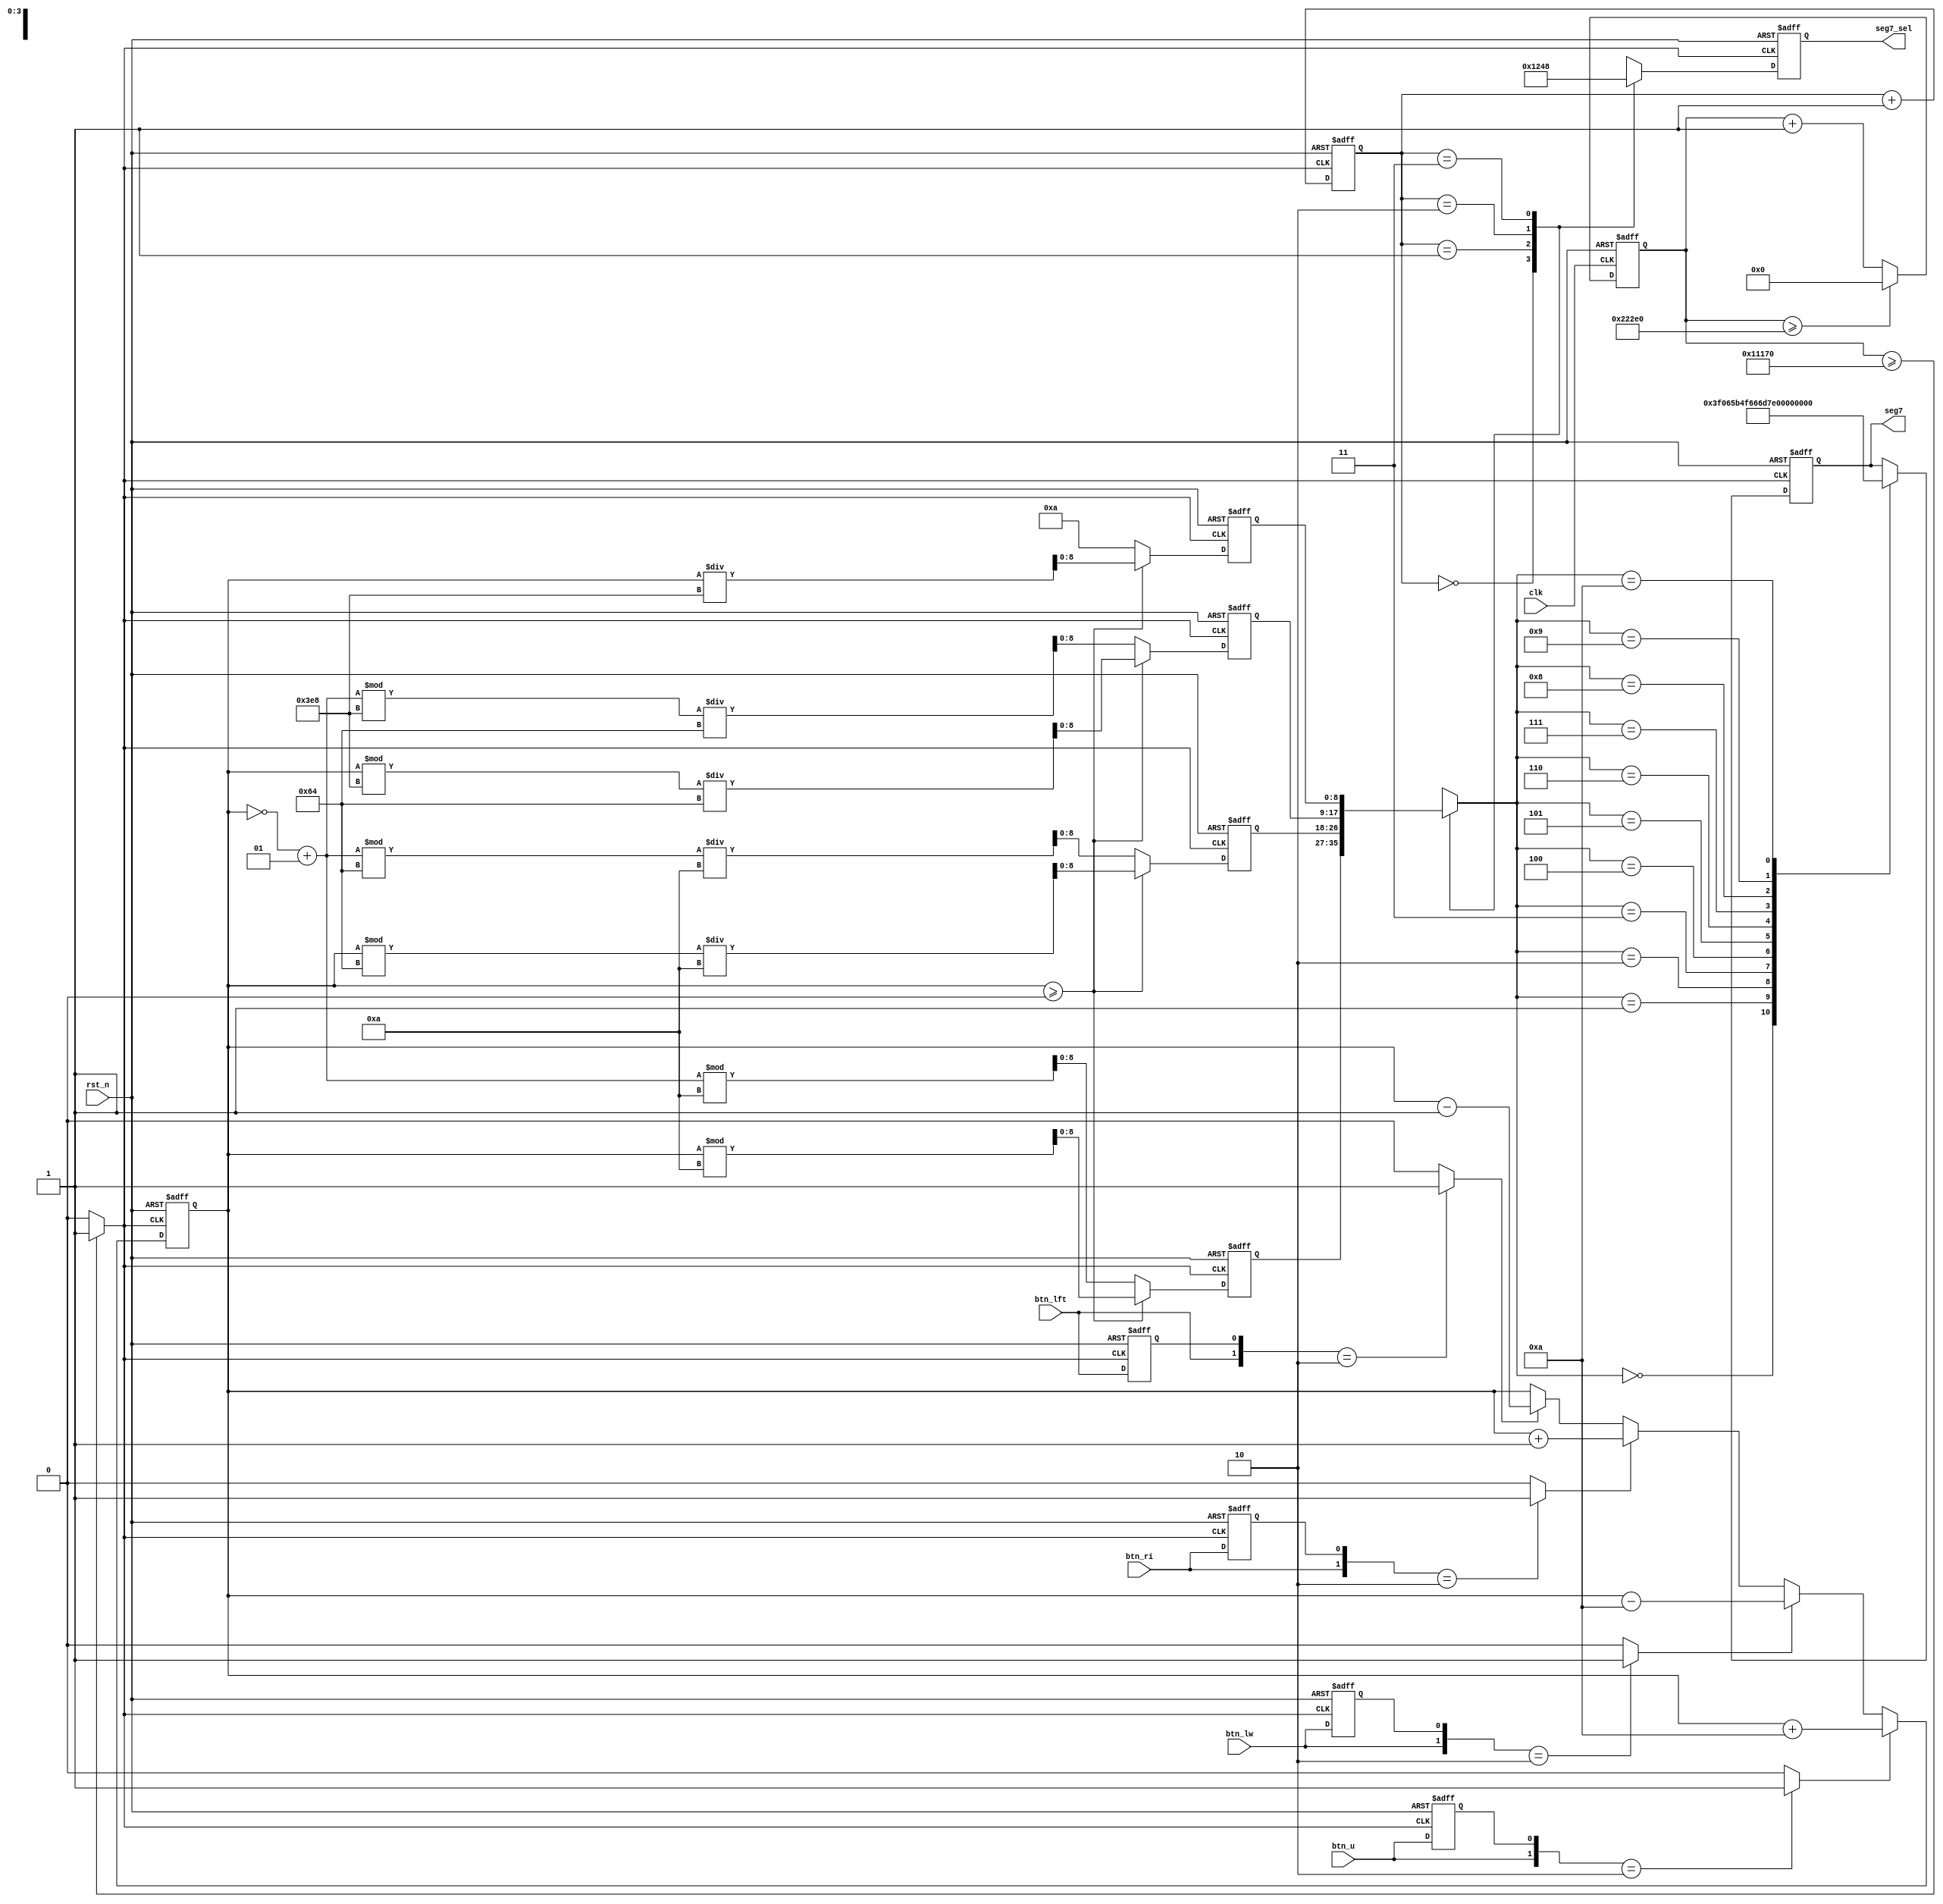
`define CYCLE 140000

module lab5(
           input clk,
           input rst_n,
           input btn_u,
           input btn_lw,
           input btn_lft,
           input btn_ri,
           output reg [7:0] seg7,
           output reg [3:0] seg7_sel
       );

//Add input buttons for more input options, then we can change the constraint file so that the button would be binded to these inputs
reg [20:0] count;
wire d_clk;

// reg btn_c_press_flag; //
reg btn_u_press_flag;
reg btn_lw_press_flag;
reg btn_lft_press_flag;
reg btn_ri_press_flag;

// wire btn_c_pulse; // 
wire btn_u_pulse;
wire btn_lw_pulse;
wire btn_lft_pulse;
wire btn_ri_pulse;


reg signed[10:0] total_value; //Used to store the total value so far, remember we must put the value into seg7 temp before we want to display them
//reg [7:0] press_count; //

reg [8:0] seg7_temp[0:3]; //Used to store the value for seg7 to display
reg [1:0] seg7_count; // Used to display seg7 in a fast speed.

parameter MINUS = 10 ;

// 
always @(posedge clk or negedge rst_n)
begin
    if(!rst_n)
    begin
        count <= 0;
    end
    else
    begin
        if(count >= `CYCLE)
            count <= 0;
        else
            count <= count + 1;
    end
end
assign d_clk = count >= (`CYCLE/2) ? 1 : 0;  // 

//   One pulse shot generator for btns
always @(posedge d_clk or negedge rst_n)
begin
    if(!rst_n)
    begin
        // btn_c_press_flag <= 0;
        btn_u_press_flag <= 0;
        btn_lw_press_flag <= 0;
        btn_lft_press_flag <= 0;
        btn_ri_press_flag <= 0;
    end
    else
    begin
        // btn_c_press_flag <= btn_c;
        btn_u_press_flag <= btn_u;
        btn_lw_press_flag <= btn_lw;
        btn_lft_press_flag <= btn_lft;
        btn_ri_press_flag <= btn_ri;
    end
end

// assign btn_c_pulse = {btn_c,btn_c_press_flag} == 2'b10 ? 1 : 0;
assign btn_u_pulse = {btn_u,btn_u_press_flag} == 2'b10 ? 1 : 0;
assign btn_lw_pulse = {btn_lw,btn_lw_press_flag} == 2'b10 ? 1 : 0;
assign btn_lft_pulse = {btn_lft,btn_lft_press_flag} == 2'b10 ? 1 : 0;
assign btn_ri_pulse = {btn_ri,btn_ri_press_flag} == 2'b10 ? 1 : 0;

// 
// always @(posedge clk or negedge rst_n)begin
// 	if(!rst_n)begin
// 		press_count <= 0;
// 	end
// 	else begin
// 		if(btn_c_pulse)
// 			press_count <= press_count + 1;
// 		else
// 			press_count <= press_count;
// 	end
// end

//Calulate the total value added so far
always @(posedge d_clk or negedge rst_n)
begin
    if(!rst_n)
    begin
        total_value <= 0;
    end
    else
    begin
        if(btn_u_pulse)
            total_value <= total_value + 'd10;
        else if(btn_lw_pulse)
            total_value <= total_value - 'd10;
        else if(btn_ri_pulse)
            total_value <= total_value + 'd1;
        else if(btn_lft_pulse)
            total_value <= total_value - 'd1;
        else
            total_value <= total_value;
    end
end

// 
always @(posedge d_clk or negedge rst_n)
begin
    if(!rst_n)
    begin
        seg7_temp[0] <= 0;
        seg7_temp[1] <= 0;
        seg7_temp[2] <= 0;
        seg7_temp[3] <= 0;
    end
    else if(total_value >= 0)
    begin
        seg7_temp[3] <= total_value / 1000;
        seg7_temp[2] <= ( total_value % 1000) / 100;
        seg7_temp[1] <= ( total_value % 100) / 10;
        seg7_temp[0] <= total_value % 10;
    end
    else
    begin
        seg7_temp[3] <= MINUS;
        seg7_temp[2] <= ((~total_value + 1) % 1000) / 100;
        seg7_temp[1] <= ((~total_value + 1)  % 100) / 10;
        seg7_temp[0] <=  (~total_value + 1) % 10;
    end
end

//
always @(posedge d_clk or negedge rst_n)
begin
    if(!rst_n)
    begin
        seg7_count <= 0;
    end
    else
    begin
        seg7_count <= seg7_count + 1;
    end
end
always @(posedge d_clk or negedge rst_n)
begin
    if(!rst_n)
    begin
        seg7_sel <= 4'b1111;
        seg7 <= 8'b0011_1111;
    end
    else
    begin
        case(seg7_count)
            0:
                seg7_sel <= 4'b0001;
            1:
                seg7_sel <= 4'b0010;
            2:
                seg7_sel <= 4'b0100;
            3:
                seg7_sel <= 4'b1000;
        endcase
        case(seg7_temp[seg7_count])
            0:
                seg7 <= 8'b0011_1111;
            1:
                seg7 <= 8'b0000_0110;
            2:
                seg7 <= 8'b0101_1011;
            3:
                seg7 <= 8'b0100_1111;
            4:
                seg7 <= 8'b0110_0110;
            5:
                seg7 <= 8'b0110_1101;
            6:
                seg7 <= 8'b0111_1101;
            7:
                seg7 <= 8'b0000_0111;
            8:
                seg7 <= 8'b0111_1111;
            9:
                seg7 <= 8'b0110_1111;
            MINUS:
                seg7 <= 8'b0100_0000;
        endcase
    end
end

endmodule